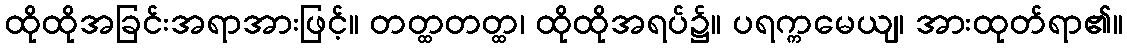
ထိုထိုအခြင်းအရာအားဖြင့်။ တတ္ထတတ္ထ၊ ထိုထိုအရပ်၌။ ပရက္ကမေယျ၊ အားထုတ်ရာ၏။